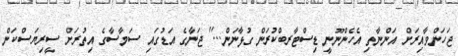
ޖަހަންވާއިރަށް އަންނާތި އެހެންނޫނީ ޑިސްޓާރބްކުރަން ގުޅާނަން...'' ޖަނާގެ އަޑުގައި ސަމާސާގެ އިތުރަށް ސީރިޔަސްކަން